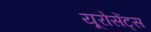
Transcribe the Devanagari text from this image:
यूरोसेंट्स